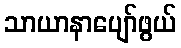
သာယာနာပျော်ဖွယ်